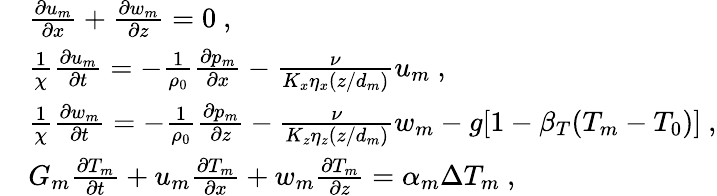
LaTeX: \begin{array}{rl}&{\frac{\partial u_{m}}{\partial x}+\frac{\partial w_{m}}{\partial z}=0~,}\\ &{\frac{1}{\chi}\frac{\partial u_{m}}{\partial t}=-\frac{1}{\rho_{0}}\frac{\partial p_{m}}{\partial x}-\frac{\nu}{K_{x}\eta_{x}(z/d_{m})}u_{m}~,}\\ &{\frac{1}{\chi}\frac{\partial w_{m}}{\partial t}=-\frac{1}{\rho_{0}}\frac{\partial p_{m}}{\partial z}-\frac{\nu}{K_{z}\eta_{z}(z/d_{m})}w_{m}-g[1-\beta_{T}(T_{m}-T_{0})]~,}\\ &{G_{m}\frac{\partial T_{m}}{\partial t}+u_{m}\frac{\partial T_{m}}{\partial x}+w_{m}\frac{\partial T_{m}}{\partial z}=\alpha_{m}\Delta T_{m}~,}\end{array}